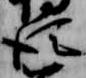
従